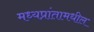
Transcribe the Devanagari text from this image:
मध्यप्रांतामधील